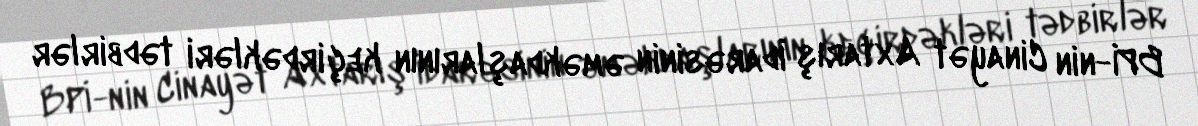
BPİ-nin Cinayət Axtarış İdarəsinin əməkdaşlarının keçirdəkləri tədbirlər